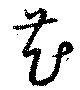
芲